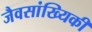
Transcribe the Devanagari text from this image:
जैवसांख्यिकी